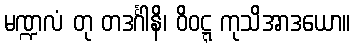
မဏ္ဍလံ တု တဒင်္ဂါနိ၊ ဝိဝဋ္ဋ ကုသိအာဒယော။